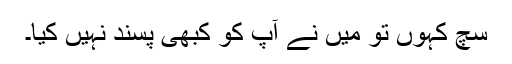
سچ کہوں تو میں نے آپ کو کبھی پسند نہیں کیا۔